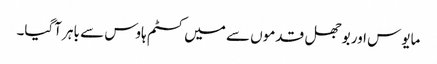
مایوس اور بوجھل قدموں سے میں کسٹم ہاوس سے باہر آگیا۔